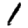
Digit: 1